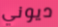
ديوني